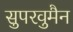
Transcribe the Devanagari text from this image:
सुपरवुमैन